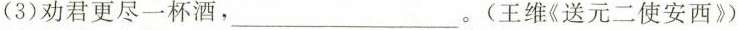
(3)劝君更尽一杯酒，___。(王维《送元二使安西》